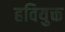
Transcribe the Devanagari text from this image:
हवियुक्त